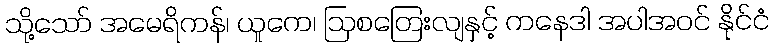
သို့သော် အမေရိကန်၊ ယူကေ၊ ဩစတြေးလျနှင့် ကနေဒါ အပါအဝင် နိုင်ငံ